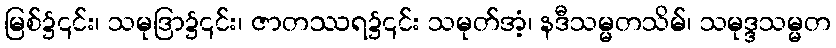
မြစ်၌၎င်း၊ သမုဒြာ၌၎င်း၊ ဇာတဿရ၌၎င်း သမုတ်အံ့၊ နဒီသမ္မတသိမ်၊ သမုဒ္ဒသမ္မတ